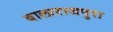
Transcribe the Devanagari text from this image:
बालाराजपुरा